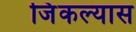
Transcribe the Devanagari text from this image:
जिंकल्यास